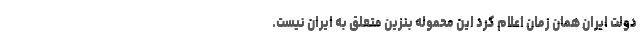
دولت ایران همان زمان اعلام کرد این محموله بنزین متعلق به ایران نیست.